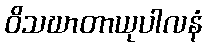
ဝိသဃာတာယုပါလနံ